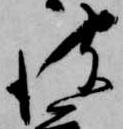
彼